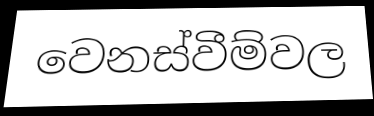
වෙනස්වීම්වල